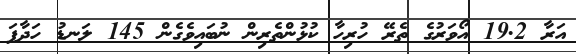
އަރާ 19.2 އޯވަރުގެ ތެރޭ ހުރިހާ ކުޅުންތެރިން ނުބައިވެގެން 145 ލަނޑު ހަދާފަ